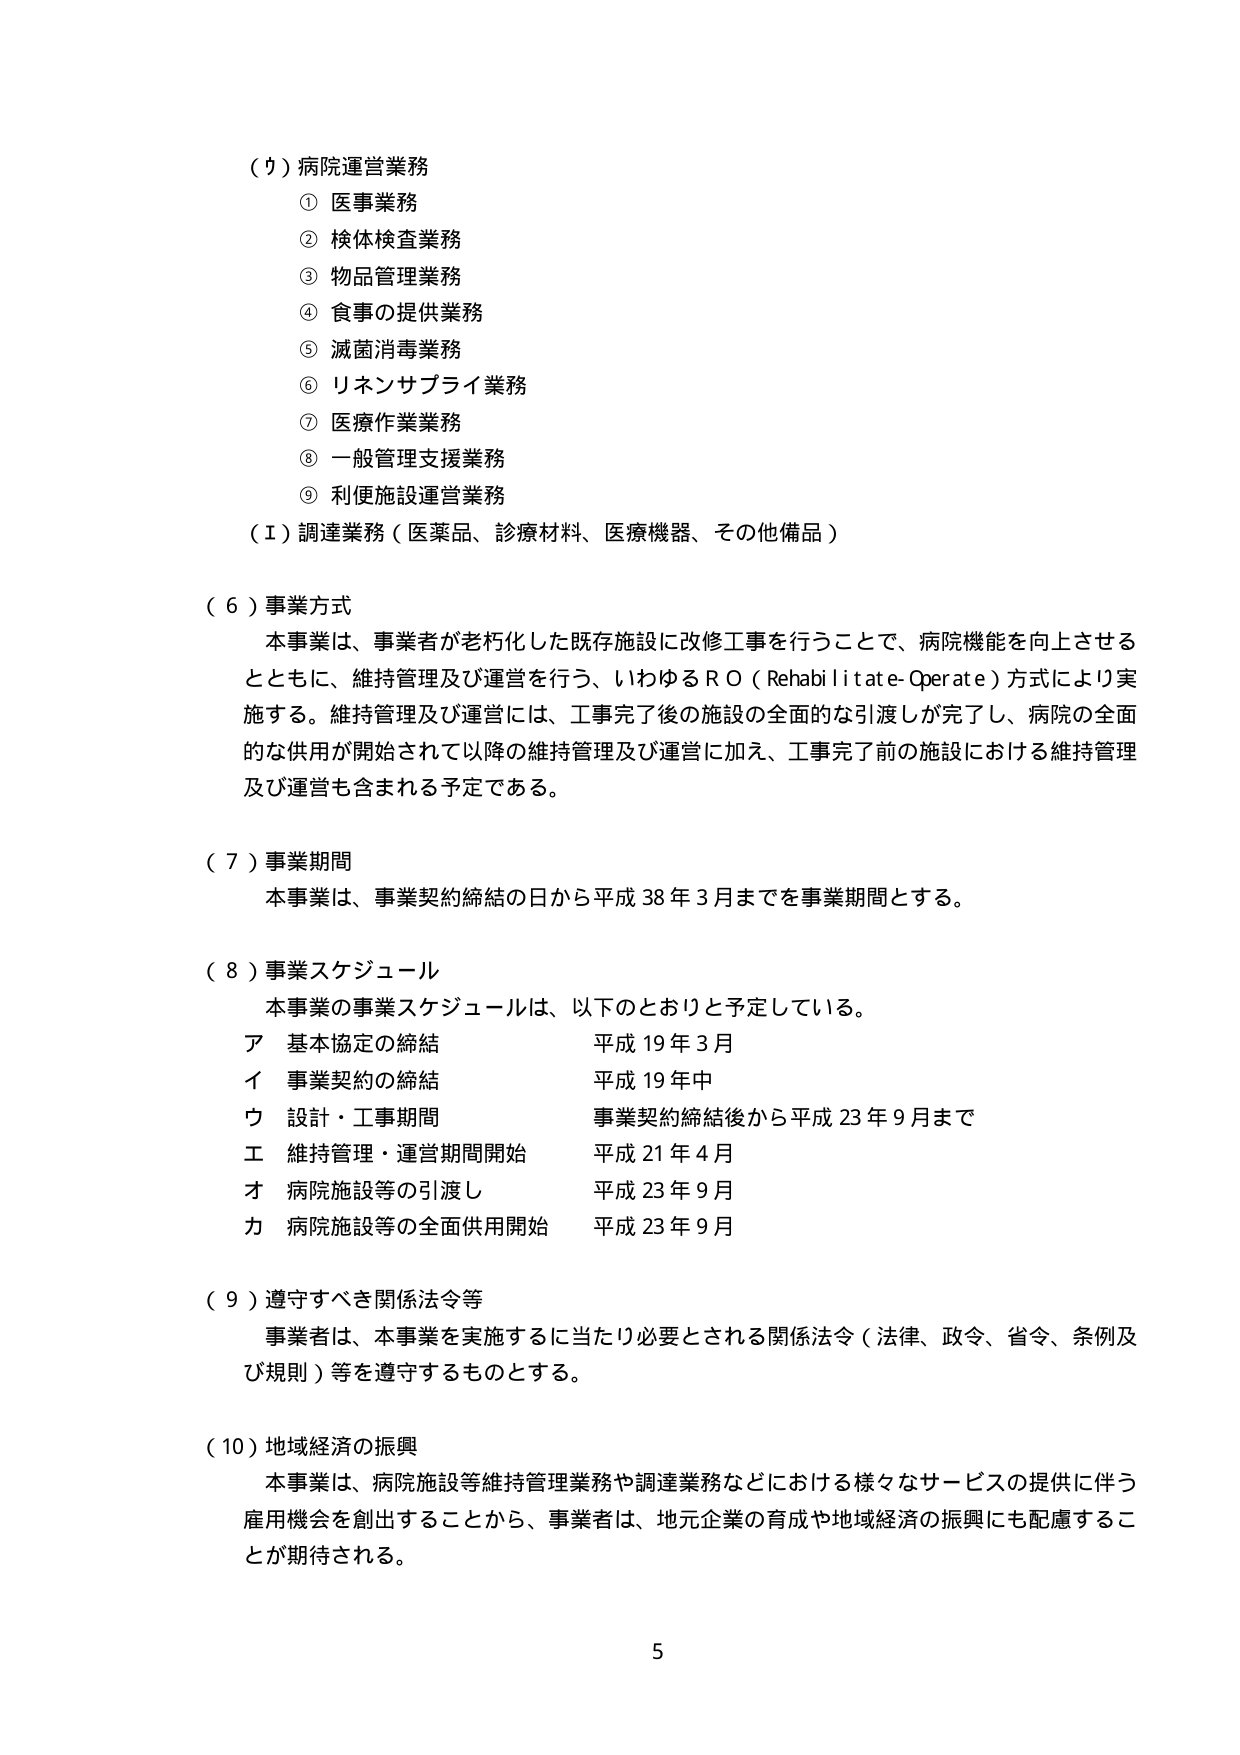
（ク）病院運営業務
① 医事業務
② 検体検査業務
③ 物品管理業務
④ 食事の提供業務
⑤ 滅菌消毒業務
⑥ リネンサプライ業務
⑦ 医療作業業務
⑧ 一般管理支援業務
⑨ 利便施設運営業務
（イ）調達業務（医薬品、診療材料、医療機器、その他備品）

（６）事業方式
本事業は、事業者が老朽化した既存施設に改修工事を行うことで、病院機能を向上させる
とともに、維持管理及び運営を行う、いわゆるＲＯ（Rehabilitate-Operate）方式により実
施する。維持管理及び運営には、工事完了後の施設の全面的な引渡しが完了し、病院の全面
的な供用が開始されて以降の維持管理及び運営に加え、工事完了前の施設における維持管理
及び運営も含まれる予定である。

（７）事業期間
本事業は、事業契約締結の日から平成38年3月までを事業期間とする。

（８）事業スケジュール
本事業の事業スケジュールは、以下のとおりと予定している。
ア 基本協定の締結 平成19年3月
イ 事業契約の締結 平成19年中
ウ 設計・工事期間 事業契約締結後から平成23年9月まで
エ 維持管理・運営期間開始 平成21年4月
オ 病院施設等の引渡し 平成23年9月
カ 病院施設等の全面供用開始 平成23年9月

（９）遵守すべき関係法令等
事業者は、本事業を実施するに当たり必要とされる関係法令（法律、政令、省令、条例及
び規則）等を遵守するものとする。

（10）地域経済の振興
本事業は、病院施設等維持管理業務や調達業務などにおける様々なサービスの提供に伴う
雇用機会を創出することから、事業者は、地元企業の育成や地域経済の振興にも配慮するこ
とが期待される。

5